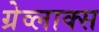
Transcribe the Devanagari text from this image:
ग्रेव्लाक्स